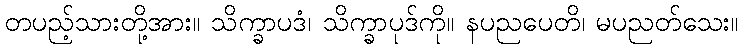
တပည့်သားတို့အား။ သိက္ခာပဒံ၊ သိက္ခာပုဒ်ကို။ နပညပေတိ၊ မပညတ်သေး။